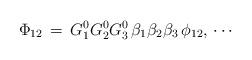
LaTeX: \begin{align*}\Phi_{12}\,=\,G^0_1G^0_2G^0_3\,\beta_1\beta_2\beta_3\,\phi_{12},\,\cdots\end{align*}